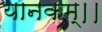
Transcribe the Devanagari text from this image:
यानकम्।।